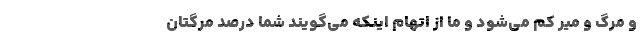
و مرگ و میر کم می‌شود و ما از اتهام اینکه می‌گویند شما درصد مرگتان